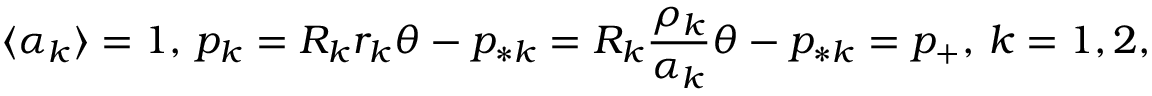
\langle \alpha _ { k } \rangle = 1 , \, p _ { k } = R _ { k } r _ { k } \theta - p _ { * k } = R _ { k } \frac { \rho _ { k } } { \alpha _ { k } } \theta - p _ { * k } = p _ { + } , \, k = 1 , 2 ,